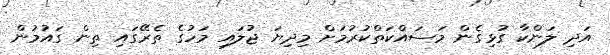
އަދި ލަންކާ ގުޅިގެން މަސައްކަތްކުރުމަށް މިދިޔަ ޖުލައި މަހުގެ ތެރޭގައި ތިން ގައުމުން